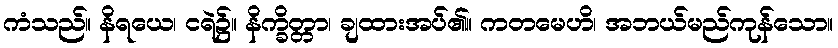
ကံသည်။ နိရယေ၊ ငရဲ၌။ နိက္ခိတ္တာ၊ ချထားအပ်၏။ ကတမေဟိ၊ အဘယ်မည်ကုန်သော။